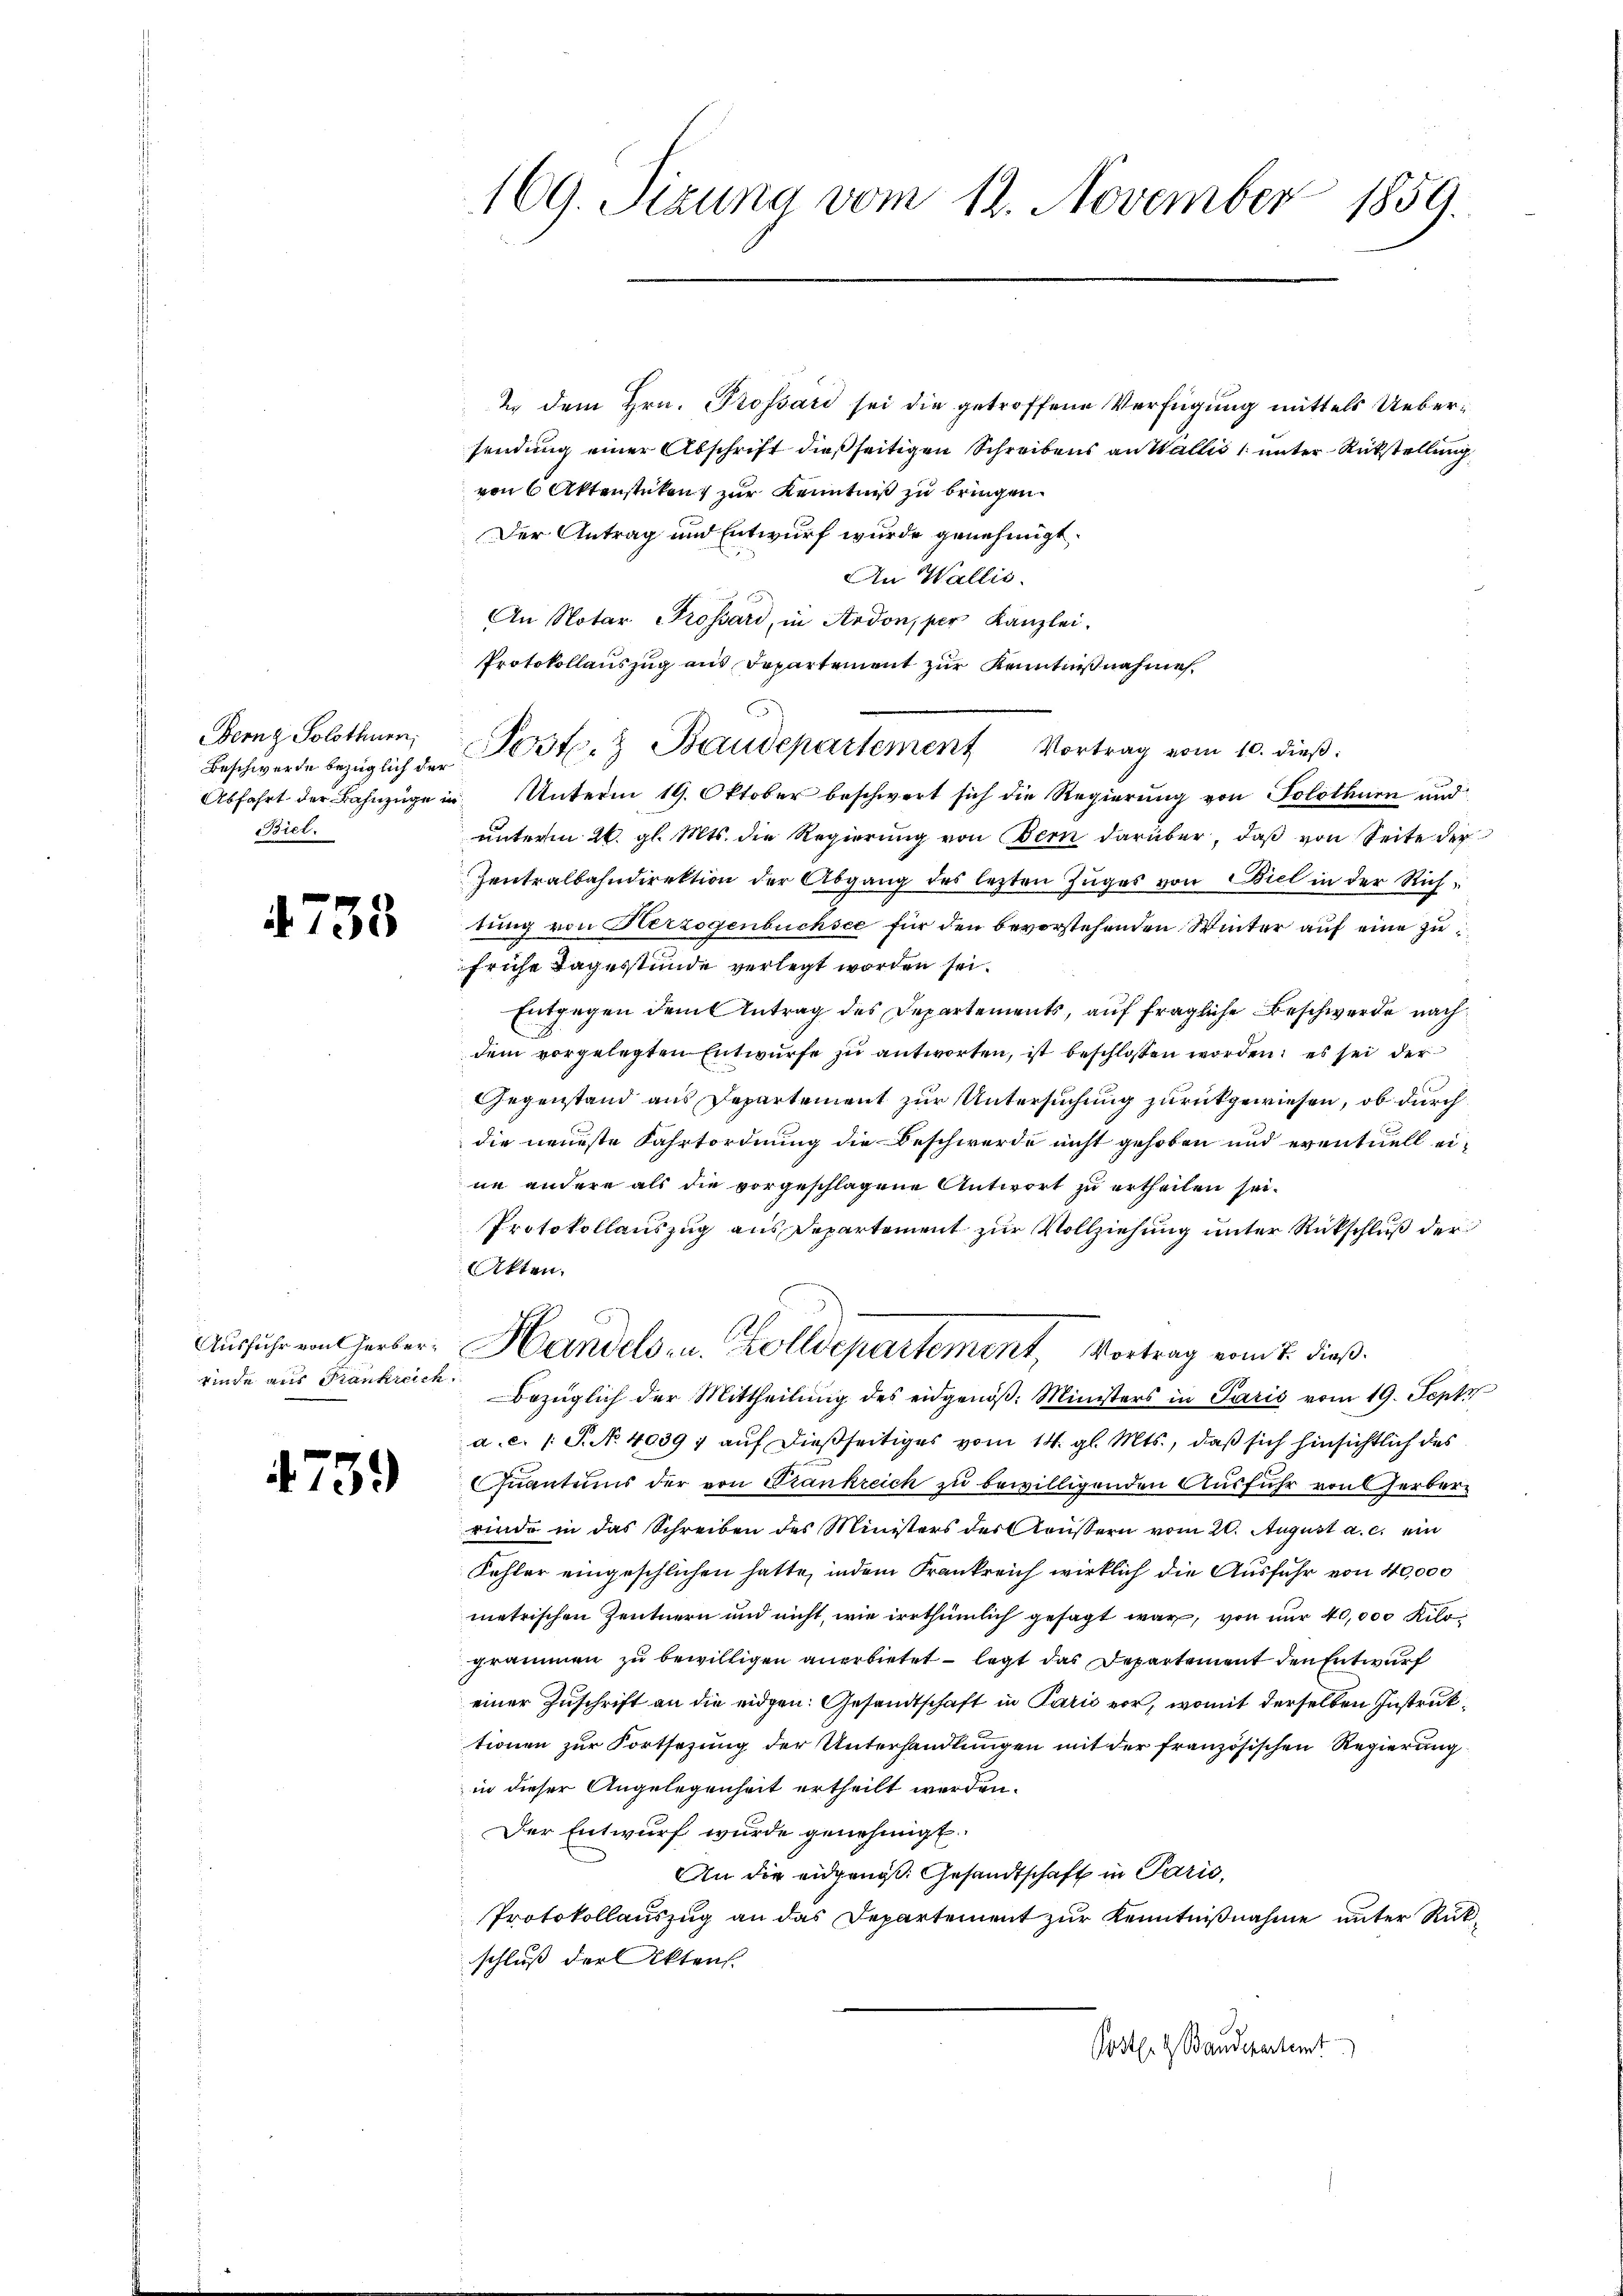
Berng Solothurn,
Beschwerde bezüglich der
Biel.

4758

Ausfuhr von Cherberrinde aus Frankreich

4759

169. Sizung vom 12. November
1859.

2. dem Hrn. Prossard sei die getroffene Verfügung mittels Uebersendung einer Abschrift dießseitigen Schreibens an Wallis unter Rückstellung
von 6 Aktenstücken zur Kenntniß zu bringen.
Der Antrag und Entwurf wurde genehmigt.
An Wallis.
An Notar Grossard, in Ardon, per Kanzlei-
Protokollauszug aus Departement zur Kenntnißnahme
Abfahrt der Bahnzüge in Unterm 19. Oktober beschwert sich die Regierung von Solothurn und
unterm 26. gl. Mts. die Regierung von Bern darüber, daß von Seite der
Zentralbahndirektion der Abgang des lezten Zuges von Biel in der Richtung von Herzogenbuchsee für den bevorstehenden Winter auf eine zu
frühe Tagestunde verlegt worden sei.
Entgegen dem Antrag des Departements, auf fragliche Beschwerde nach
dem vorgelegten Entwurfe zu antworten, ist beschlossen worden; es sei der
Gegenstand aus Departement zur Untersuchung zurückgewiesen, ob durch
die neueste Fahrtordnung die Beschwerde nicht gehoben und eventuell eine andere als die vorgeschlagene Antwort zu ertheilen sei.
Protokollauszug aus Departement zur Vollziehung unter Rückschluß der
Akten.
Handels- u. Zolldepartement, Vortrag vom 2. dieß.
Bezüglich der Mittheilung des eidgenöβ: Ministers in Paris vom 19. Sept
a. c. 1 S. No 4039 ; auf dießseitiges vom 14. gl. Mts., daß sich hinsichtlich des
Quantums der von Wrankreich zu bewilligenden Ausführ von Herberrinde in das Schreiben des Ministers des Aeussern vom 21. August a. c. ein
Kehler eingeschlichen hatte, indem Frankreich wirklich die Ausfuhr von 40,000
metrischen Zentnern und nicht, wie irrthümlich gesagt war, von nur 40,000 Kilogrammen zu bewilligen anerbietet — legt das Departement den Entwurf
einer Zuschrift an die eidgen: Gesandtschaft in Paris vor, womit derselben Instruktionen zur Fortsetzung der Unterhandlungen mit der französischen Regierung
in dieser Angelegenheit ertheilt werden.
Der Entwurf wurde genehmigt.
An die eidgenoss. Gesandtschaft in Parić,
Protokollauszug an das Departement zur Kenntnißnahme unter Rückschluß der Aktens
Poster & Baudepartemt

Post. Baudepartement Vortrag vom 10. dieß